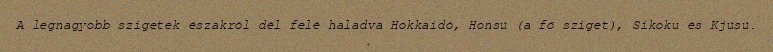
A legnagyobb szigetek északról dél felé haladva Hokkaidó, Honsú (a fő sziget), Sikoku és Kjúsú.